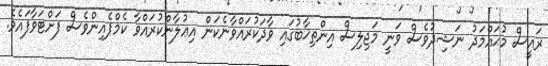
ރައީސް މުޙައްމަދު ނަޝިދުވެސް ވަނީ މަޖިލިސް އިންތިޚާބުގައި ވާދަކުރައްވާނެކަން އިޢުލާންކުރައްވާ ކެމްޕެއިންވެސް ފަށްޓަވާފައެވެ.